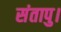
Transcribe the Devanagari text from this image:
संतापु।